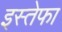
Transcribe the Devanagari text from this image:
इस्तेफा